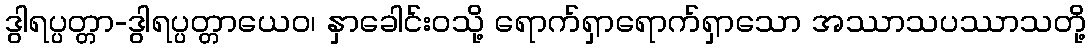
ဒွါရပ္ပတ္တာ-ဒွါရပ္ပတ္တာယေဝ၊ နှာခေါင်းဝသို့ ရောက်ရှာရောက်ရှာသော အဿာသပဿာသတို့